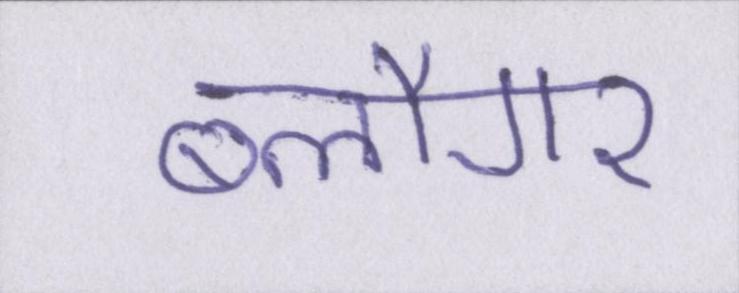
ब्लौगर